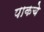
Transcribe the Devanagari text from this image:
पाकचे